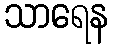
သာရေန